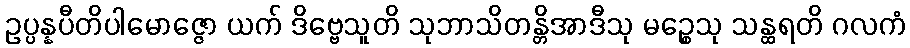
ဥပ္ပန္နပီတိပါမောဇ္ဇော ယက် ဒိဗ္ဗေသူတိ သုဘာသိတန္တိအာဒီသု မဉ္စေသု သန္ထရတိ ဂလကံ